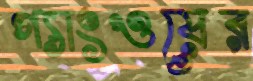
গ্যাংওয়ের